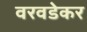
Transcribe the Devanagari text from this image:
वरवडेकर